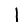
Digit: 1